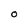
Character: O